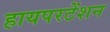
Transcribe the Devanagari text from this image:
हायपरटेंशन